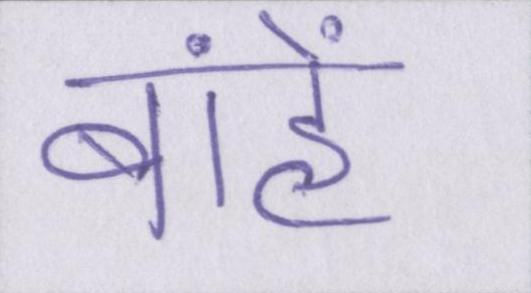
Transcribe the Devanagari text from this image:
बांहें